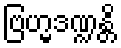
ဗြဟ္မဒဏ္ဍန္တိ